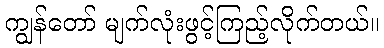
ကျွန်တော် မျက်လုံးဖွင့်ကြည့်လိုက်တယ်။